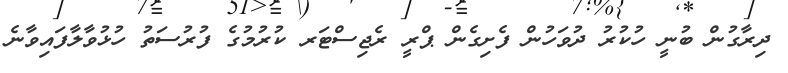
ދިރާގުން ބުނީ ހުކުރު ދުވަހުން ފެށިގެން ޕްރީ ރެޖިސްޓަރ ކުރުމުގެ ފުރުސަތު ހުޅުވާލާފައިވާނެ